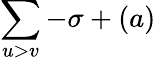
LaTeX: \sum\limits_{u>v}-\sigma+(a)